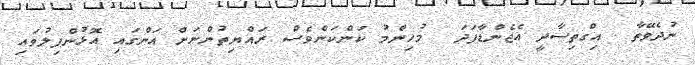
ނުދެވޭތާ  އިގްތިސާދީ އެޖެންޑާފަދަ  މުހިންމު ކަންކަންވެސް ރައްޔިތުންނަށް އަންގައި އޮޅުންފިލުވައި